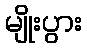
မျိုးပွား